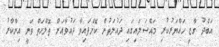
އަބްދު ގާޒީ ހައްޔަރުކުރި މައްސަލައިގައި ދައުލަތުން ކޮށްފައިވާ ދައުވާއަށް ތޮލްހަތް ވަނީ އިންކާރު